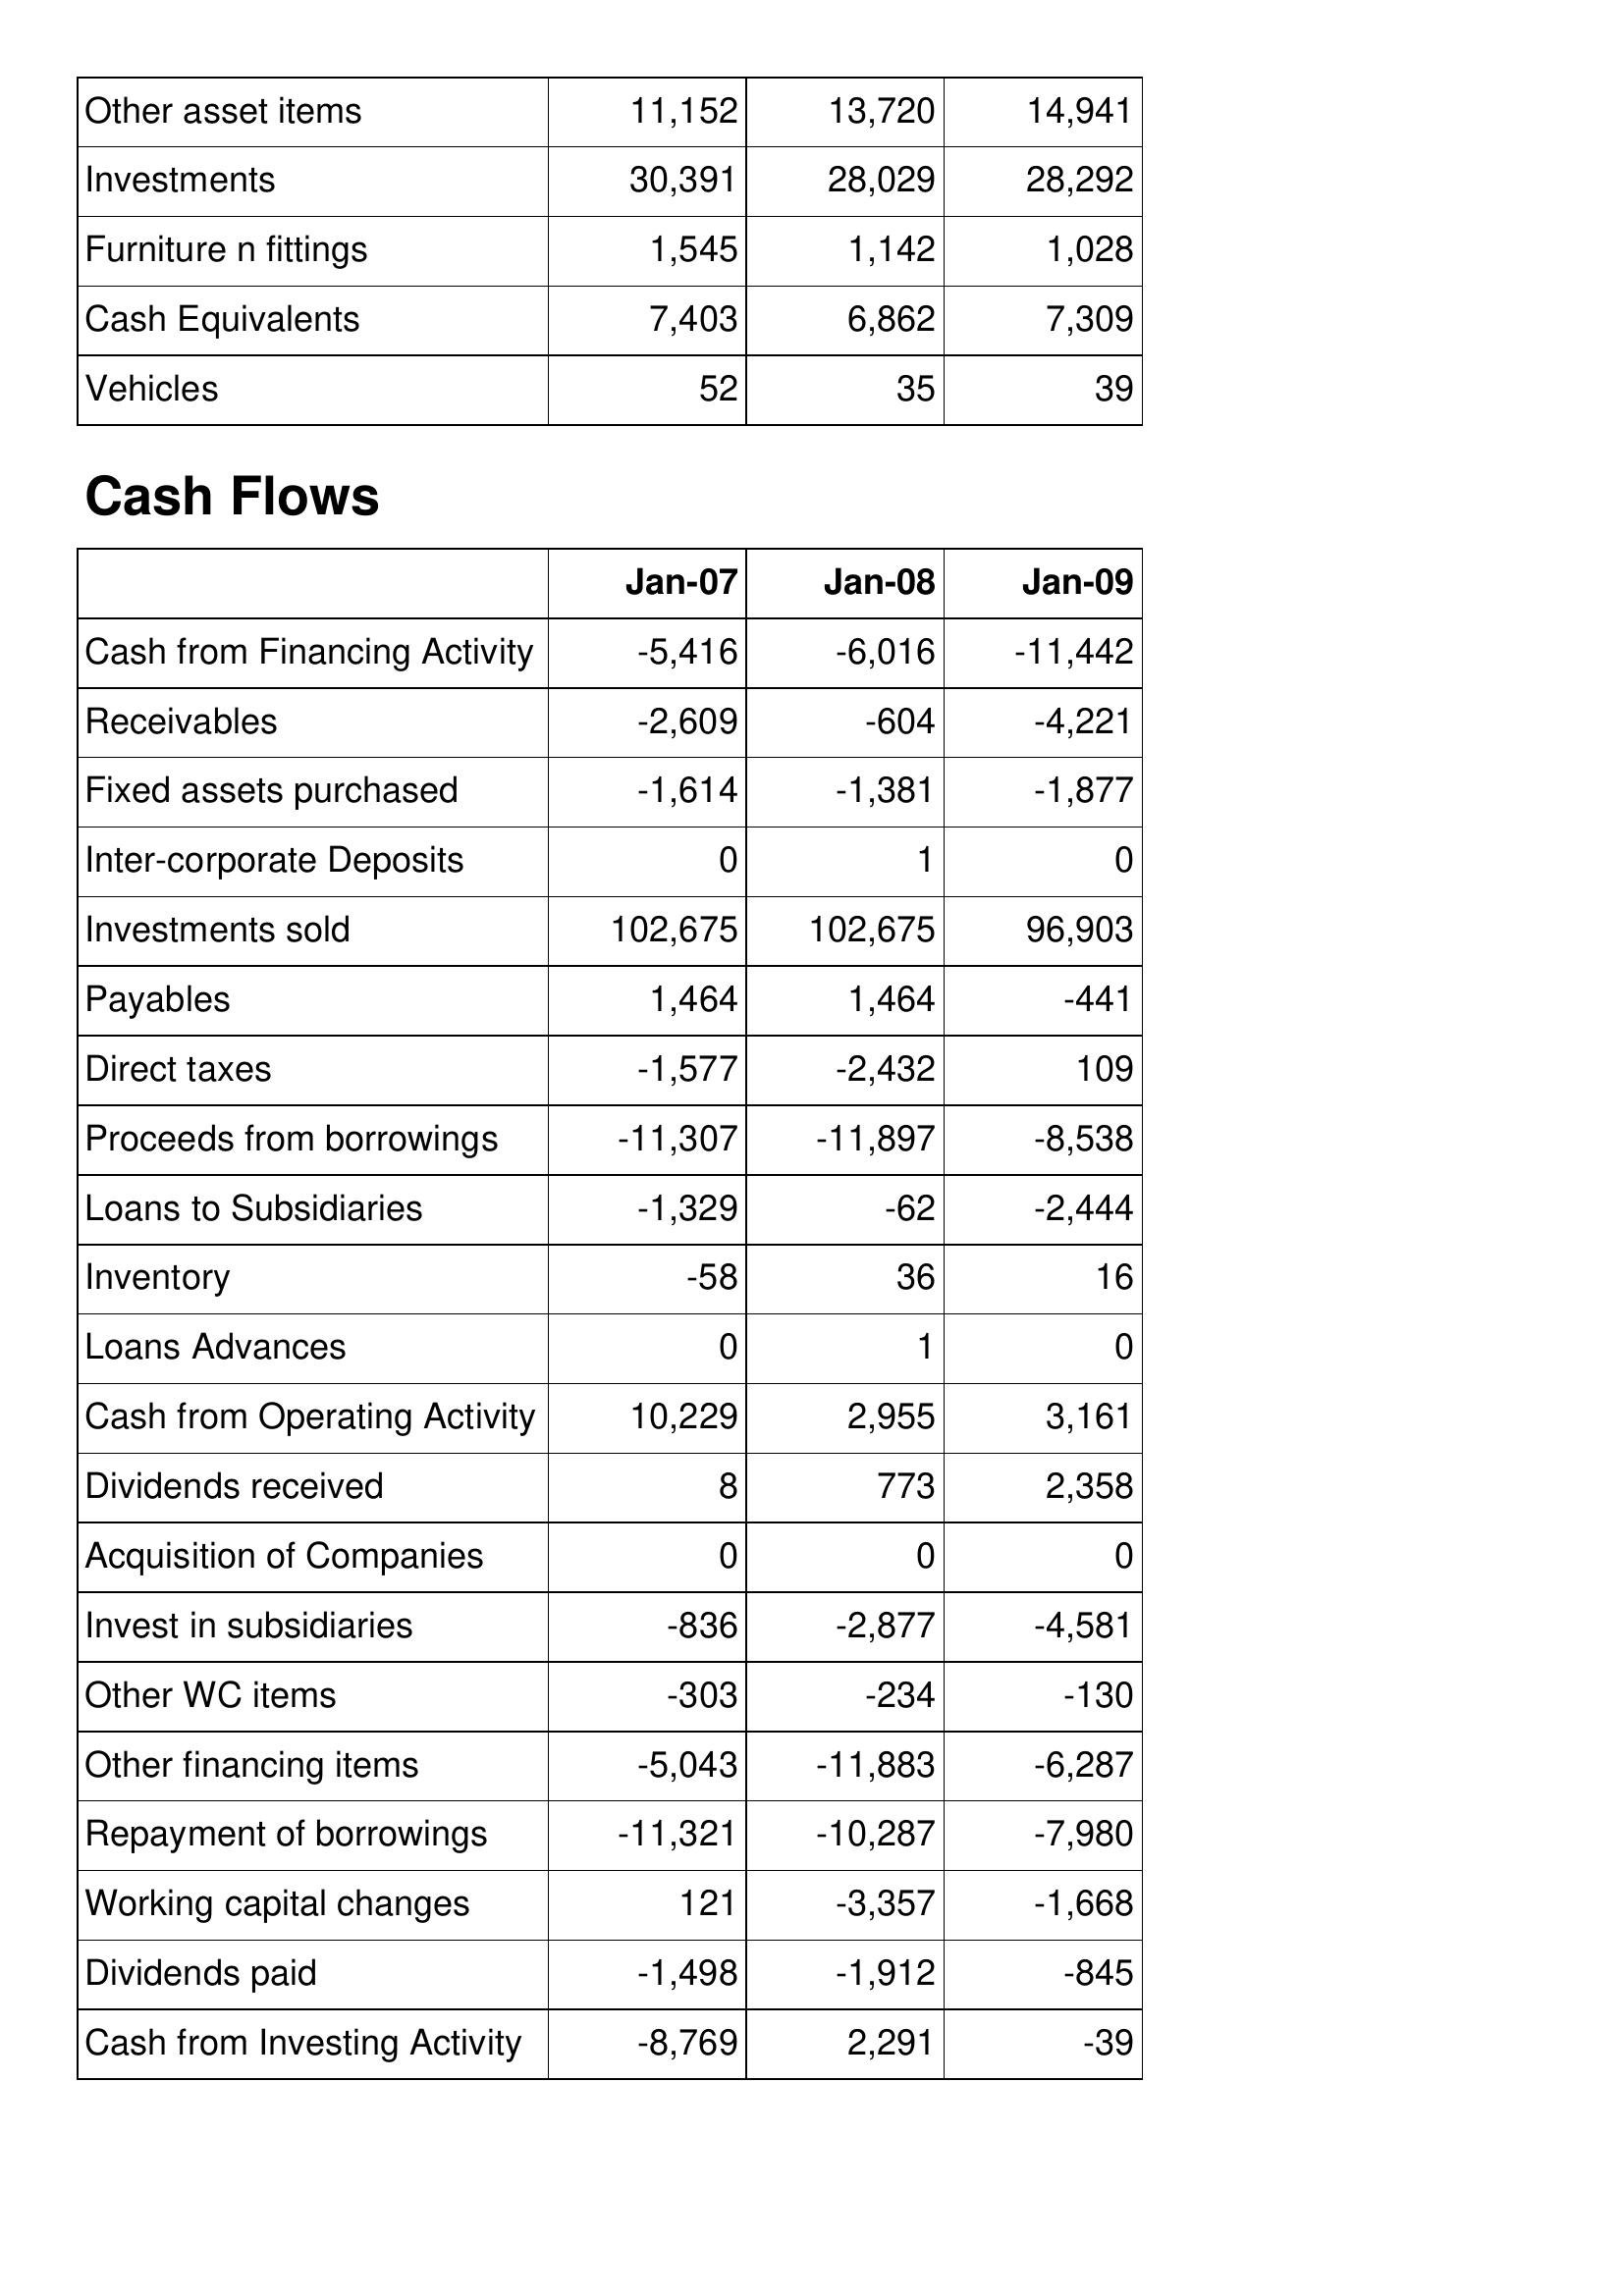
Jan-07: Balance Sheet: Other asset items: 11,152
Investments: 30,391
Furniture n fittings: 1,545
Cash Equivalents: 7,403
Vehicles: 52
Cash Flows: Cash from Financing Activity: -5,416
Receivables: -2,609
Fixed assets purchased: -1,614
Inter-corporate Deposits: 0
Investments sold: 102,675
Payables: 1,464
Direct taxes: -1,577
Proceeds from borrowings: -11,307
Loans to Subsidiaries: -1,329
Inventory: -58
Loans Advances: 0
Cash from Operating Activity: 10,229
Dividends received: 8
Acquisition of Companies: 0
Invest in subsidiaries: -836
Other WC items: -303
Other financing items: -5,043
Repayment of borrowings: -11,321
Working capital changes: 121
Dividends paid: -1,498
Cash from Investing Activity: -8,769
Jan-08: Balance Sheet: Other asset items: 13,720
Investments: 28,029
Furniture n fittings: 1,142
Cash Equivalents: 6,862
Vehicles: 35
Cash Flows: Cash from Financing Activity: -6,016
Receivables: -604
Fixed assets purchased: -1,381
Inter-corporate Deposits: 1
Investments sold: 102,675
Payables: 1,464
Direct taxes: -2,432
Proceeds from borrowings: -11,897
Loans to Subsidiaries: -62
Inventory: 36
Loans Advances: 1
Cash from Operating Activity: 2,955
Dividends received: 773
Acquisition of Companies: 0
Invest in subsidiaries: -2,877
Other WC items: -234
Other financing items: -11,883
Repayment of borrowings: -10,287
Working capital changes: -3,357
Dividends paid: -1,912
Cash from Investing Activity: 2,291
Jan-09: Balance Sheet: Other asset items: 14,941
Investments: 28,292
Furniture n fittings: 1,028
Cash Equivalents: 7,309
Vehicles: 39
Cash Flows: Cash from Financing Activity: -11,442
Receivables: -4,221
Fixed assets purchased: -1,877
Inter-corporate Deposits: 0
Investments sold: 96,903
Payables: -441
Direct taxes: 109
Proceeds from borrowings: -8,538
Loans to Subsidiaries: -2,444
Inventory: 16
Loans Advances: 0
Cash from Operating Activity: 3,161
Dividends received: 2,358
Acquisition of Companies: 0
Invest in subsidiaries: -4,581
Other WC items: -130
Other financing items: -6,287
Repayment of borrowings: -7,980
Working capital changes: -1,668
Dividends paid: -845
Cash from Investing Activity: -39